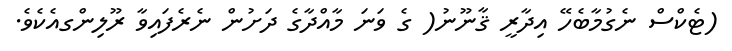
(ޓެކްސް ނެގުމާބެހޭ އިދާރީ ޤާނޫނު( ގެ ވަނަ މާއްދާގެ ދަށުން ނެރެފައިވާ ރޫލިންގއެކެވެ.